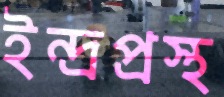
ইন্দ্রপ্রস্থ